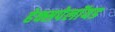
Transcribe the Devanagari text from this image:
हेक्सपेलॉयड